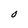
Character: O